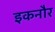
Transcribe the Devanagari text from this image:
इकनौर